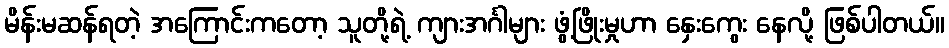
မိန်းမဆန်ရတဲ့ အကြောင်းကတော့ သူတို့ရဲ့ ကျားအင်္ဂါများ ဖွံ့ဖြိုးမှုဟာ နှေးကွေး နေလို့ ဖြစ်ပါတယ်။